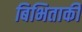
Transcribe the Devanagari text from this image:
बिभिताकी